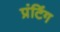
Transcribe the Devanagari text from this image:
प्रंटिंग